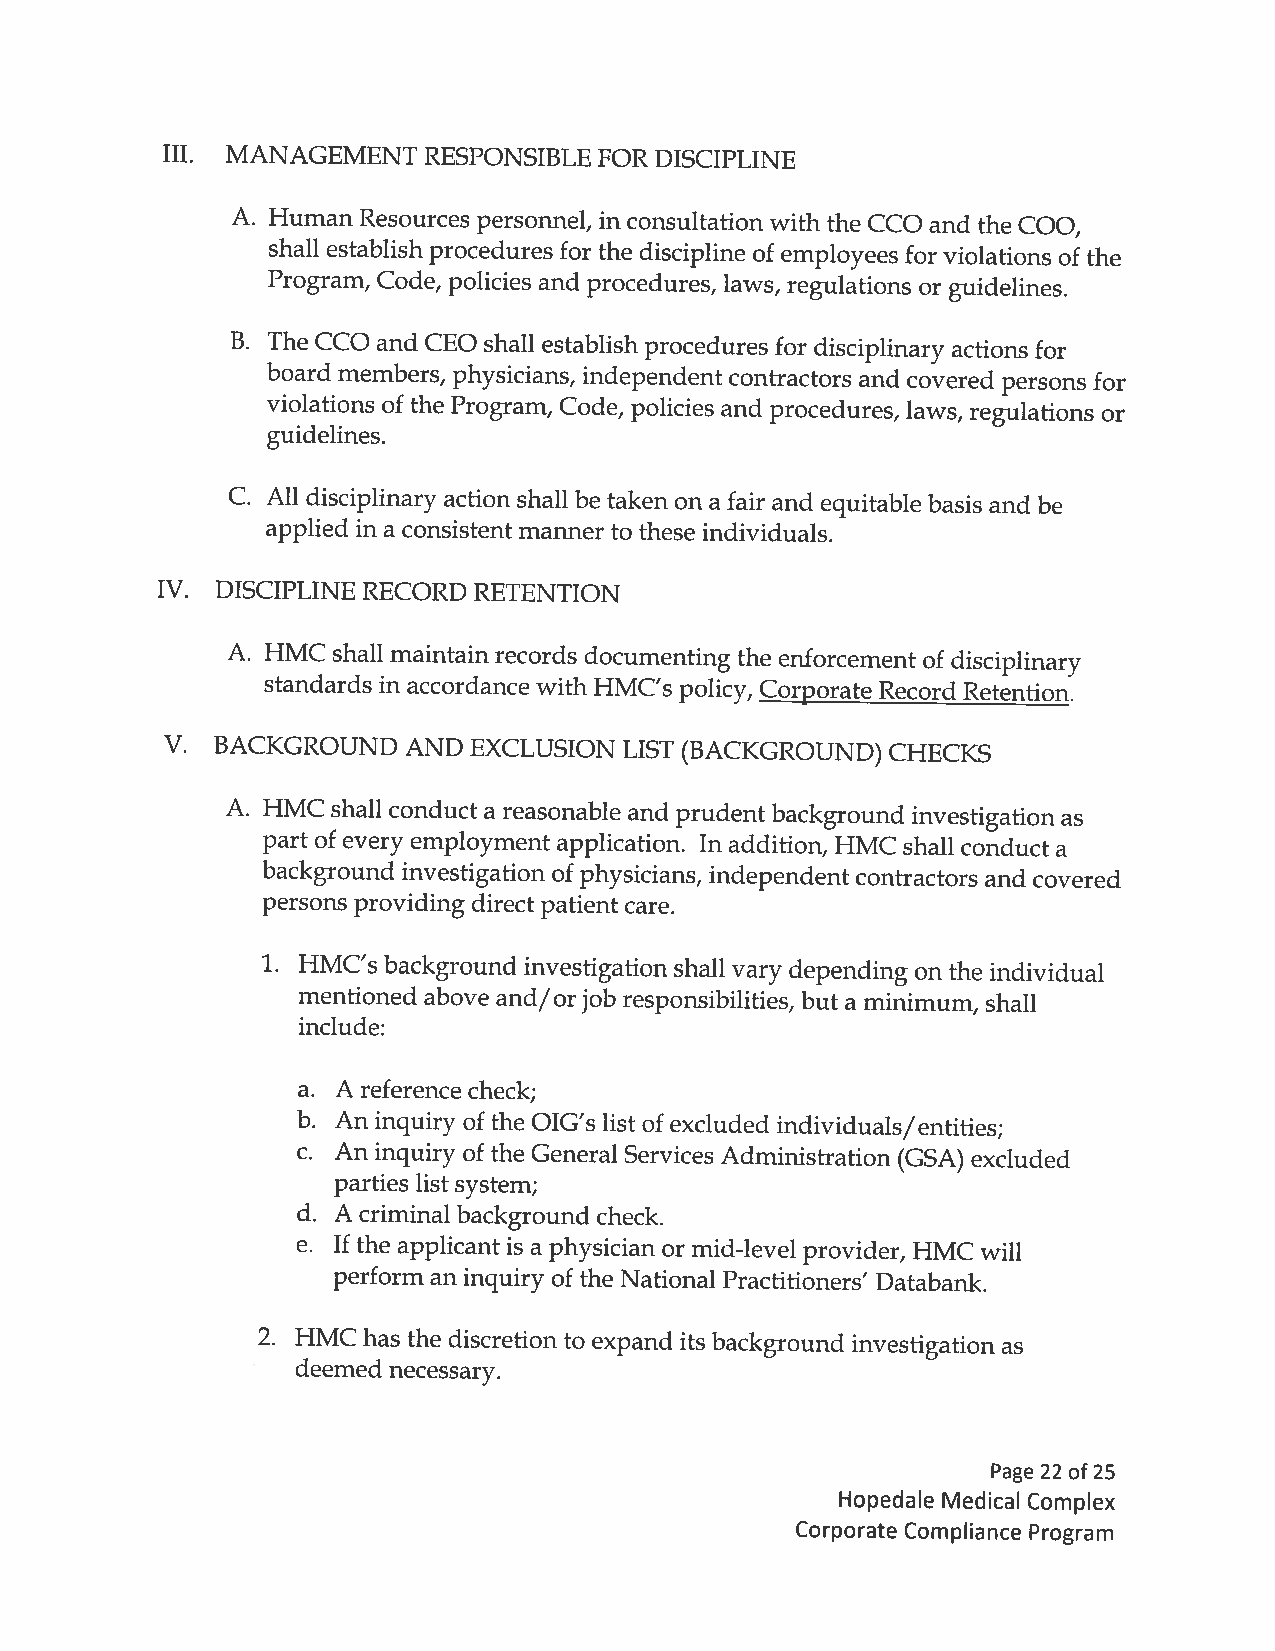
III. MANAGEMENT  RESPONSIBLE FOR DISCIPLINE
 A. Human Resources personnel, in consultation with the CCO and the COO,
 shall establish procedures for the discipline of employees for violations of the
 Program, Code, policies and procedures, laws, regulations or guidelines.
 B. The CCO and CEO shall establish procedures for disciplinary actions for
 board members, physicians, independent contractors and covered persons for
 violations of the Program, Code, policies and procedures, laws, regulations or
 guidelines.
 C. All disciplinary action shall be taken on a fair and equitable basis and be
 applied in a consistentmanner to these individuals.
 IV. DISCIPLINE RECORD RETENTION
 A. HMC shall maintain records documenting the enforcement of disciplinary
 standards in accordance with HMC’s policy, Corporate Record Retention.
 V. BACKGROUND   AND EXCLUSION  LIST (BACKGROUND) CHECKS
 A. HMC shall conduct a reasonable and prudent background investigation as
 part of every employment application. In addition, HMC shall conduct a
 background investigation of physicians, independent contractors and covered
 persons providing direct patient care.
 1. HMC’s background investigation shall vary depending on the individual
 mentioned above and/orjob responsibilities, but a minimum, shall
 include:
 a. A reference check;
 5. An inquiry of the OIG’s list of excluded individuals/entities;
 c. An inquiry of the General Services Administration (GSA) excluded
 parties list system;
 d. A criminal background check.
 e. If the applicant is a physician or mid-level provider, HMC will
 perform an inquiry of the National Practitioners’ Databank.
 2. HMC has the discretion to expand its background investigation as
 deemed necessary.
 Page 22 of 25
 Hopedale Medical Complex
 Corporate Compliance Program